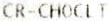
CR-CHOCLT